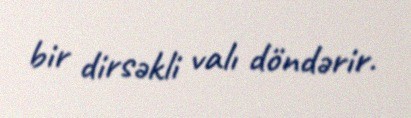
bir dirsəkli valı döndərir.